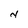
Character: N